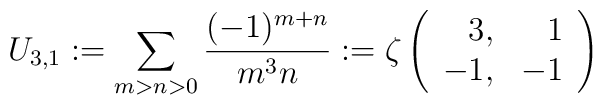
U_{3,1}:=\sum_{m>n>0}\frac{(-1)^{m+n}}{m^3n}:=\zeta\left(\begin{array}{rr}3,&1\\-1,&-1\end{array}\right)